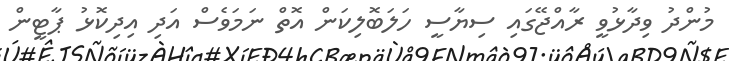
މުންދު ވިދާޅުވީ ރާއްޖޭގައި ސިޔާސީ ހަލަބޮޮލިކަން އޮތް ނަމަވެސް އަދި އިދިކޮޅު ޕާޓީން